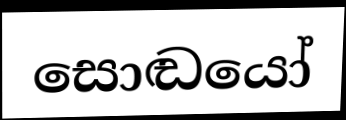
සොඬයෝ